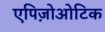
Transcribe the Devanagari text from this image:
एपिज़ोओटिक